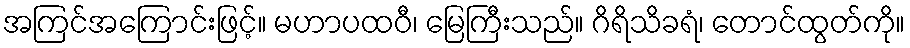
အကြင်အကြောင်းဖြင့်။ မဟာပထဝီ၊ မြေကြီးသည်။ ဂိရိသိခရံ၊ တောင်ထွတ်ကို။